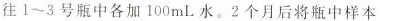
往1~3号瓶中各加100mL水。2个月后将瓶中样本